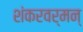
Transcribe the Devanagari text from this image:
शंकरवर्मन्